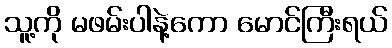
သူ့ကို မဖမ်းပါနဲ့ကော မောင်ကြီးရယ်